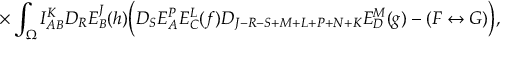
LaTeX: \times \int _ { \Omega } I _ { A B } ^ { K } D _ { R } E _ { B } ^ { J } ( h ) \biggl ( D _ { S } E _ { A } ^ { P } E _ { C } ^ { L } ( f ) D _ { J - R - S + M + L + P + N + K } E _ { D } ^ { M } ( g ) - ( F \leftrightarrow G ) \biggr ) ,